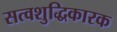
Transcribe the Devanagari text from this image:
सत्वशुद्धिकारक